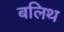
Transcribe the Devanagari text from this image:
बलिथ